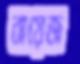
বায়েজ